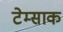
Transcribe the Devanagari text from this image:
टेम्साक